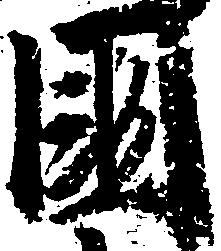
国